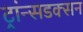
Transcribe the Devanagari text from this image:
ट्रांन्सडक्सन